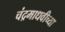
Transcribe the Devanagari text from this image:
चंद्रमाधवीच्या